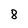
Character: 8